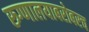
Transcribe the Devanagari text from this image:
रुग्णालयाबरोबरच